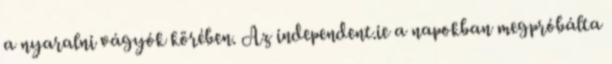
a nyaralni vágyók körében. Az independent.ie a napokban megpróbálta